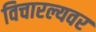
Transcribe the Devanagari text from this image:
विचारल्यवर